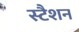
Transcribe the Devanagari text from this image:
स्टैशन